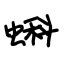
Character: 蝌